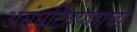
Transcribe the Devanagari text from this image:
असंघटितपणाचा